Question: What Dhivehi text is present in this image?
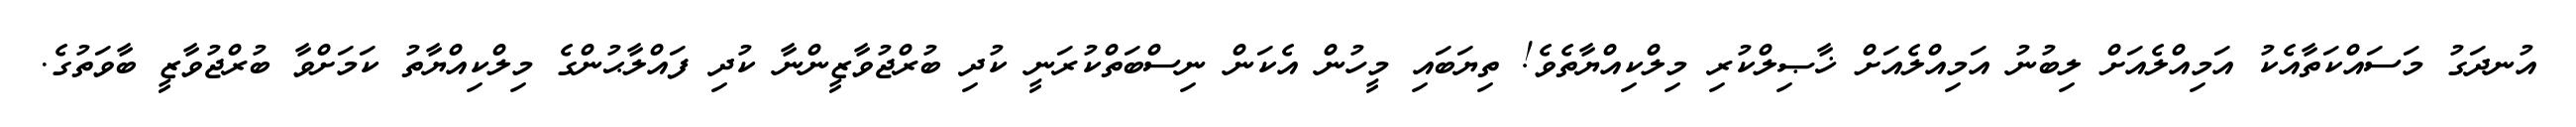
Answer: އުނދަގު މަސައްކަތާއެކު އަމިއްލެއަށް ލިބުނު އަމިއްލެއަށް ޚާޞިލްކުރި މިލްކިއްޔާތެވެ! ތިޔަބައި މީހުން އެކަން ނިސްބަތްކުރަނީ ކުދި ބުރްޖުވާޒީންނާ ކުދި ފައްލާޙުންގެ މިލްކިއްޔާތު ކަމަށްވާ ބުރްޖުވާޒީ ބާވަތުގެ.